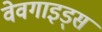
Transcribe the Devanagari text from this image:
वेवगाइड्स